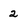
Character: 2